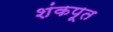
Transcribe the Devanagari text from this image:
शंकपूत